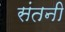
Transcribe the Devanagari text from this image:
संतनी